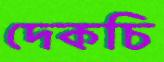
দেকচি